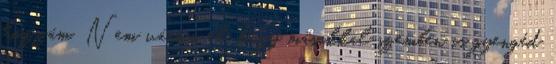
hozzám. Nem várom el, hogy másokkal szemben is gyengéd